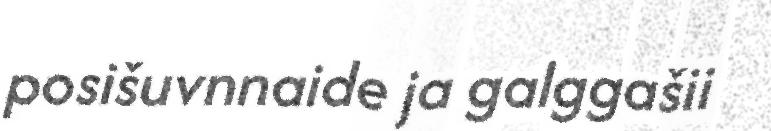
posišuvnnaide ja galggašii